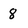
Character: 8